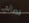
نصائح